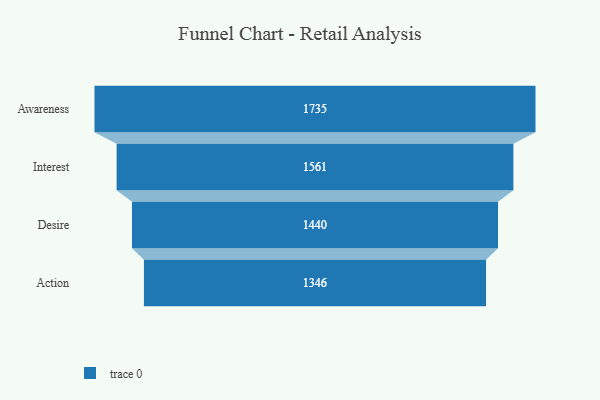
{"axis": {"x": "Stage", "y": "Value"}, "legend": [""], "data": [{"x": "Awareness", "y": 1735.0, "type": ""}, {"x": "Interest", "y": 1561.0, "type": ""}, {"x": "Desire", "y": 1440.0, "type": ""}, {"x": "Action", "y": 1346.0, "type": ""}]}